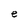
Character: e